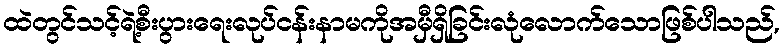
ထဲတွင်သင့်ရဲ့စီးပွားရေးလုပ်ငန်းနာမကိုအမှီရှိခြင်းလုံလောက်သောဖြစ်ပါသည်,